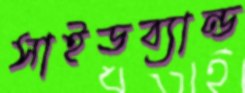
সাইডব্যান্ড